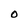
Character: O